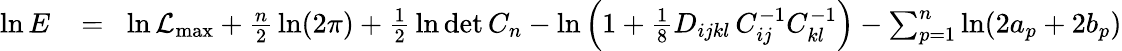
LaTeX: \begin{array}{rlr}{\ln E}&{{}\! =\! }&{\ln{\cal L}_{\mathrm{max}}+{\frac{n}{2}}\ln(2\pi)+{\frac{1}{2}}\ln\operatorname*{det}C_{n}-\ln\left(1+{\frac{1}{8}}D_{ijkl}\, C_{ij}^{-1}C_{kl}^{-1}\right)-\sum_{p=1}^{n}\ln(2a_{p}+2b_{p})}\end{array}